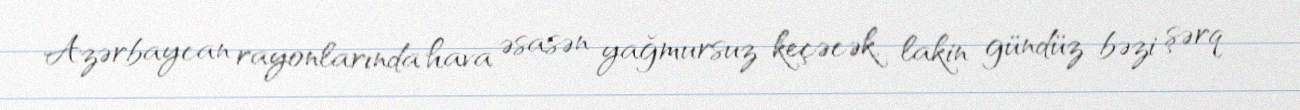
Azərbaycan rayonlarında hava əsasən yağmursuz keçəcək, lakin gündüz bəzi şərq